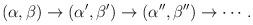
LaTeX: \begin{align*}(\alpha,\beta)\to (\alpha',\beta')\to (\alpha'',\beta'')\to \cdots .\end{align*}